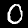
Label: 0